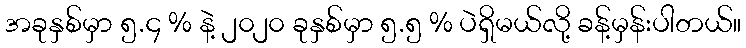
အခုနှစ်မှာ ၅.၄ % နဲ့ ၂၀၂၀ ခုနှစ်မှာ ၅.၅ % ပဲရှိမယ်လို့ ခန့်မှန်းပါတယ်။